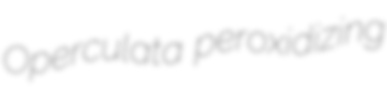
Operculata peroxidizing